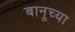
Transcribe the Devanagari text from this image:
बानूच्या